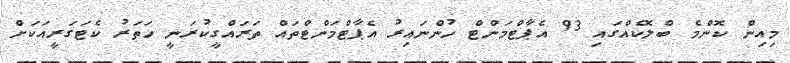
މިއިން ކޮންމެ ބްލޮކެއްގައި 93 އެޕާޓްމަންޓް ހުންނައިރު އެޕާޓްމަންޓްތައް ތަރައްގީކުރަނީ ހަތަރު ކެޓަގަރީއަކަށް